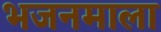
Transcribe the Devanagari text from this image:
भजनमाला